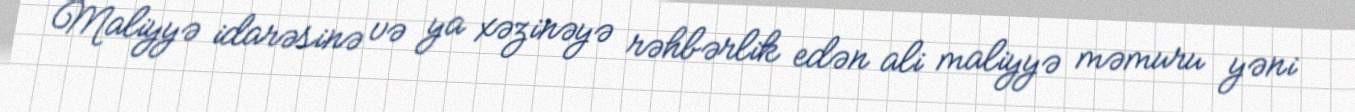
Maliyyə idarəsinə və ya xəzinəyə rəhbərlik edən ali maliyyə məmuru yəni